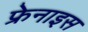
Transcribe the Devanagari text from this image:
फ्रेनाइस